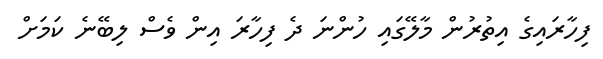
ފިހާރައިގެ އިތުރުން މާލޭގައި ހުންނަ ދެ ފިހާރަ އިން ވެސް ލިބޭނެ ކަމަށް